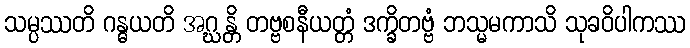
သမ္ပဿတိ ဂန္ဓယတိ အဂ္ဃန္တိ တဗ္ဗစနီယတ္တံ ဒက္ခိတဗ္ဗံ ဘသ္မမကာသိ သုခဝိပါကဿ